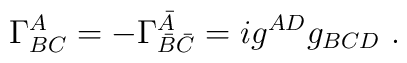
\Gamma ^A_{BC}=  -\Gamma ^{\bar A} _{\bar B\bar C}=i g^{AD}g_{BCD}\ .